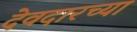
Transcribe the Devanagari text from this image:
देवदारच्या